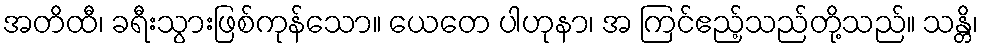
အတိထီ၊ ခရီးသွားဖြစ်ကုန်သော။ ယေတေ ပါဟုနာ၊ အ ကြင်ဧည့်သည်တို့သည်။ သန္တိ၊